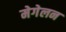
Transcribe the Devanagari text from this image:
मेगेलन